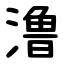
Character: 澛